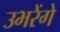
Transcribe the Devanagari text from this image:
उभरेंगे